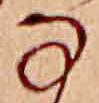
な